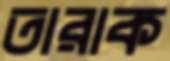
তারাক